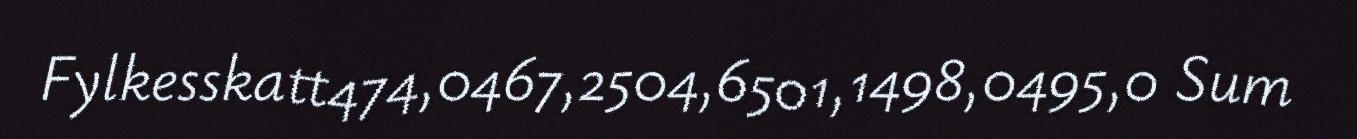
Fylkesskatt474,0467,2504,6501,1498,0495,0 Sum